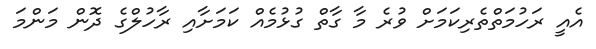
އެއީ ރަހުމަތްތެރިކަމަށް ވުރެ މާ ގާތް ގުޅުމެއް ކަމަށާއި ރާހުލްގެ ދޮން މަންމަ